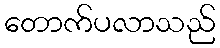
တောက်ပလာသည်